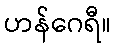
ဟန်ဂေရီ။